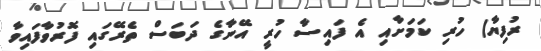
ރުފިޔާ) ހުރި ކަމަށާއި އެ ފައިސާ ހުރީ އޭނާގެ ދަބަސް ތެރޭގައި ފޮރުވާފައިވާ